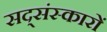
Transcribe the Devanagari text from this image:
सद्संस्कारों